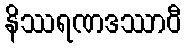
နိဿရဏဒဿာဝီ